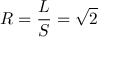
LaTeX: R = { \frac { L } { S } } = { \sqrt { 2 } }